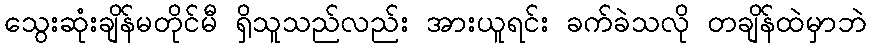
သွေးဆုံးချိန်မတိုင်မီ ရှိသူသည်လည်း အားယူရင်း ခက်ခဲသလို တချိန်ထဲမှာဘဲ